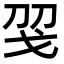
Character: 𢦝